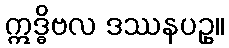
ဣဒ္ဓိဗလ ဒဿနပဥှ။